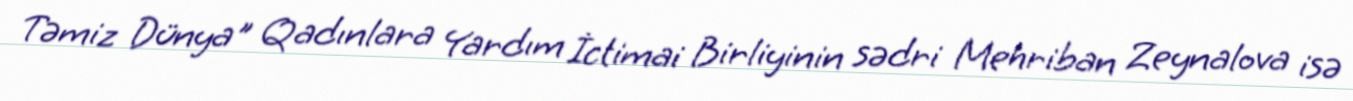
Təmiz Dünya" Qadınlara Yardım İctimai Birliyinin sədri Mehriban Zeynalova isə